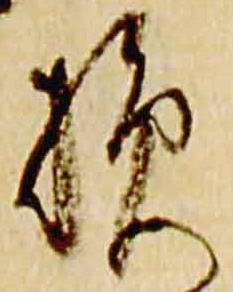
損